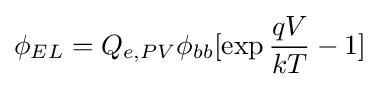
\phi _{EL}=Q_{e,PV}\phi _{bb}[\exp {\frac {qV}{kT}}-1]